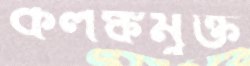
কলঙ্কমুক্ত